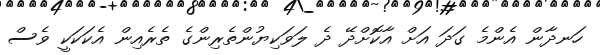
ހަނދާން އެންމެ ގަދަ އަށް އާކޮށްދޭ ދެ ލަވަކިޔުންތެރިންގެ ތެރެއިން އެކަކަކީ ވެސް